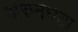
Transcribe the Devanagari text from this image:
अरुनघटा